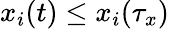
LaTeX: x_{i}(t)\leq x_{i}(\tau_{x})